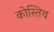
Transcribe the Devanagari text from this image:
कोस्तिच